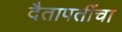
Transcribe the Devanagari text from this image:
दैतापतींचा